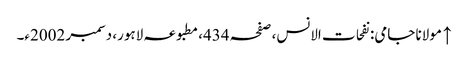
↑ مولانا جامی: نفحات الانس، صفحہ 434، مطبوعہ لاہور، دسمبر 2002ء۔